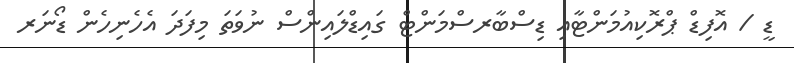
ޑީ / އޮފިޑް ޕްރޮކިއުމަންޓާއި ޑިސްބާރސްމަންޓް ގައިޑްލައިންސް ނުވަތަ މިފަދަ އެހެނިހެން ޑޯނަރ